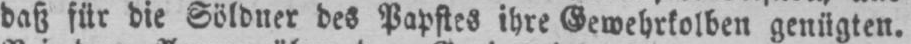
daß für die Söldner des Papstes ihre Gewehrkolben genügten.